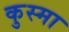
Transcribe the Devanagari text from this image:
कुस्मा